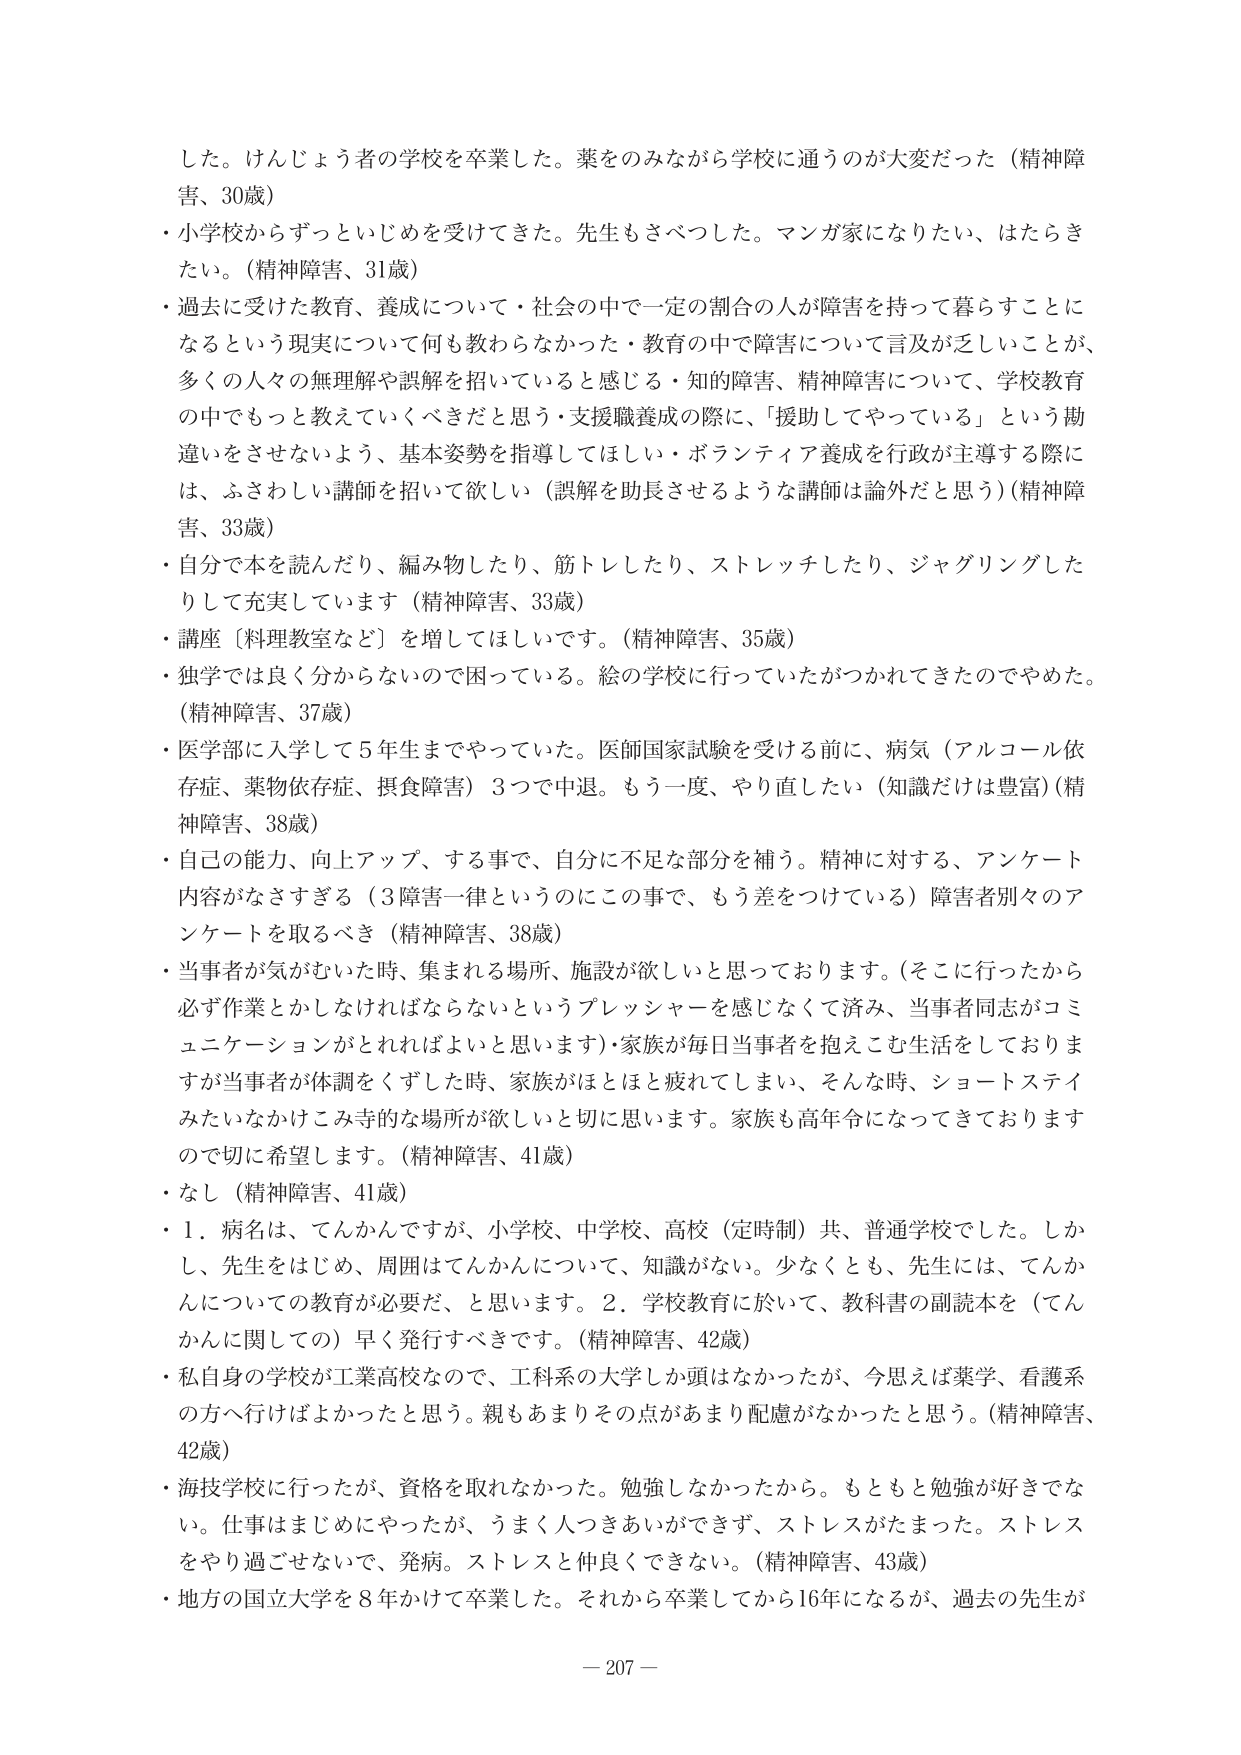
した。けんじょう者の学校を卒業した。薬をのみながら学校に通うのが大変だった（精神障害、30歳）
・小学校からずっといじめを受けてきた。先生もさべつした。マンガ家になりたい、はたらきたい。（精神障害、31歳）
・過去に受けた教育、養成について・社会の中で一定の割合の人が障害を持って暮らすことになるという現実について何も教わらなかった・教育の中で障害について言及が乏しいことが、多くの人々の無理解や誤解を招いていると感じる・知的障害、精神障害について、学校教育の中でもっと教えていくべきだと思う・支援職養成の際に、「援助してやっている」という勘違いをさせないよう、基本姿勢を指導してほしい・ボランティア養成を行政が主導する際には、ふさわしい講師を招いて欲しい（誤解を助長させるような講師は論外だと思う）（精神障害、33歳）
・自分で本を読んだり、編み物したり、筋トレしたり、ストレッチしたり、ジャグリングしたりして充実しています（精神障害、33歳）
・講座〔料理教室など〕を増してほしいです。（精神障害、35歳）
・独学では良く分からないので困っている。絵の学校に行っていたがつかれてきたのでやめた。（精神障害、37歳）
・医学部に入学して5年生までやっていた。医師国家試験を受ける前に、病気（アルコール依存症、薬物依存症、摂食障害）3つで中退。もう一度、やり直したい（知識だけは豊富）（精神障害、38歳）
・自己の能力、向上アップ、する事で、自分に不足な部分を補う。精神に対する、アンケート内容がなさすぎる（3障害一律というのにこの事で、もう差をつけている）障害者別々のアンケートを取るべき（精神障害、38歳）
・当事者が気がむいた時、集まれる場所、施設が欲しいと思っております。（そこに行ったから必ず作業とかしなければならないというプレッシャーを感じなくて済み、当事者同志がコミュニケーションがとれればよいと思います）・家族が毎日当事者を抱えこむ生活をしておりますが当事者が体調をくずした時、家族がほとほと疲れてしまい、そんな時、ショートステイみたいなかけこみ寺的な場所が欲しいと切に思います。家族も高年令になってきておりますので切に希望します。（精神障害、41歳）
・なし（精神障害、41歳）
・1．病名は、てんかんですが、小学校、中学校、高校（定時制）共、普通学校でした。しかし、先生をはじめ、周囲はてんかんについて、知識がない。少なくとも、先生には、てんかんについての教育が必要だ、と思います。2．学校教育に於いて、教科書の副読本を（てんかんに関しての）早く発行すべきです。（精神障害、42歳）
・私自身の学校が工業高校なので、工科系の大学しか頭はなかったが、今思えば薬学、看護系の方へ行けばよかったと思う。親もあまりその点があまり配慮がなかったと思う。（精神障害、42歳）
・海技学校に行ったが、資格を取れなかった。勉強しなかったから。もともと勉強が好きでない。仕事はまじめにやったが、うまく人つきあいができず、ストレスがたまった。ストレスをやり過ごせないで、発病。ストレスと仲良くできない。（精神障害、43歳）
・地方の国立大学を8年かけて卒業した。それから卒業してから16年になるが、過去の先生が
－ 207 －